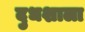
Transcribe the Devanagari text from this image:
दुधशाला